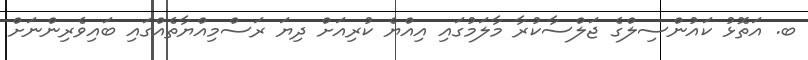
ބ. އަތޮޅު ކައުންސިލްގެ ޖަލްސާކުރާ މާލަމުގައި އިއްޔެ ކުރިއަށް ދިޔަ ރަސްމިއްޔާތެއްގައި ބައިވެރިންނަށް